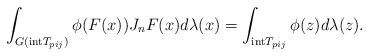
LaTeX: \begin{align*}\int_{G(\mathrm{int}T_{pij})}\phi (F(x))J_nF(x)d\lambda(x)=\int_{\mathrm{int}T_{pij}}\phi(z)d\lambda(z).\end{align*}